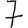
Digit: 7